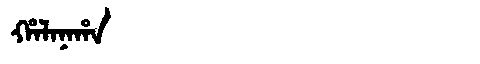
Manchu: ᡥᠠᠯᠠᠨᠠᡥᠠ
Romanization: HALANAHA